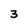
Character: 3